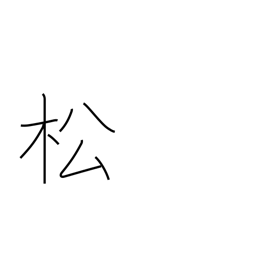
Meaning: pine tree